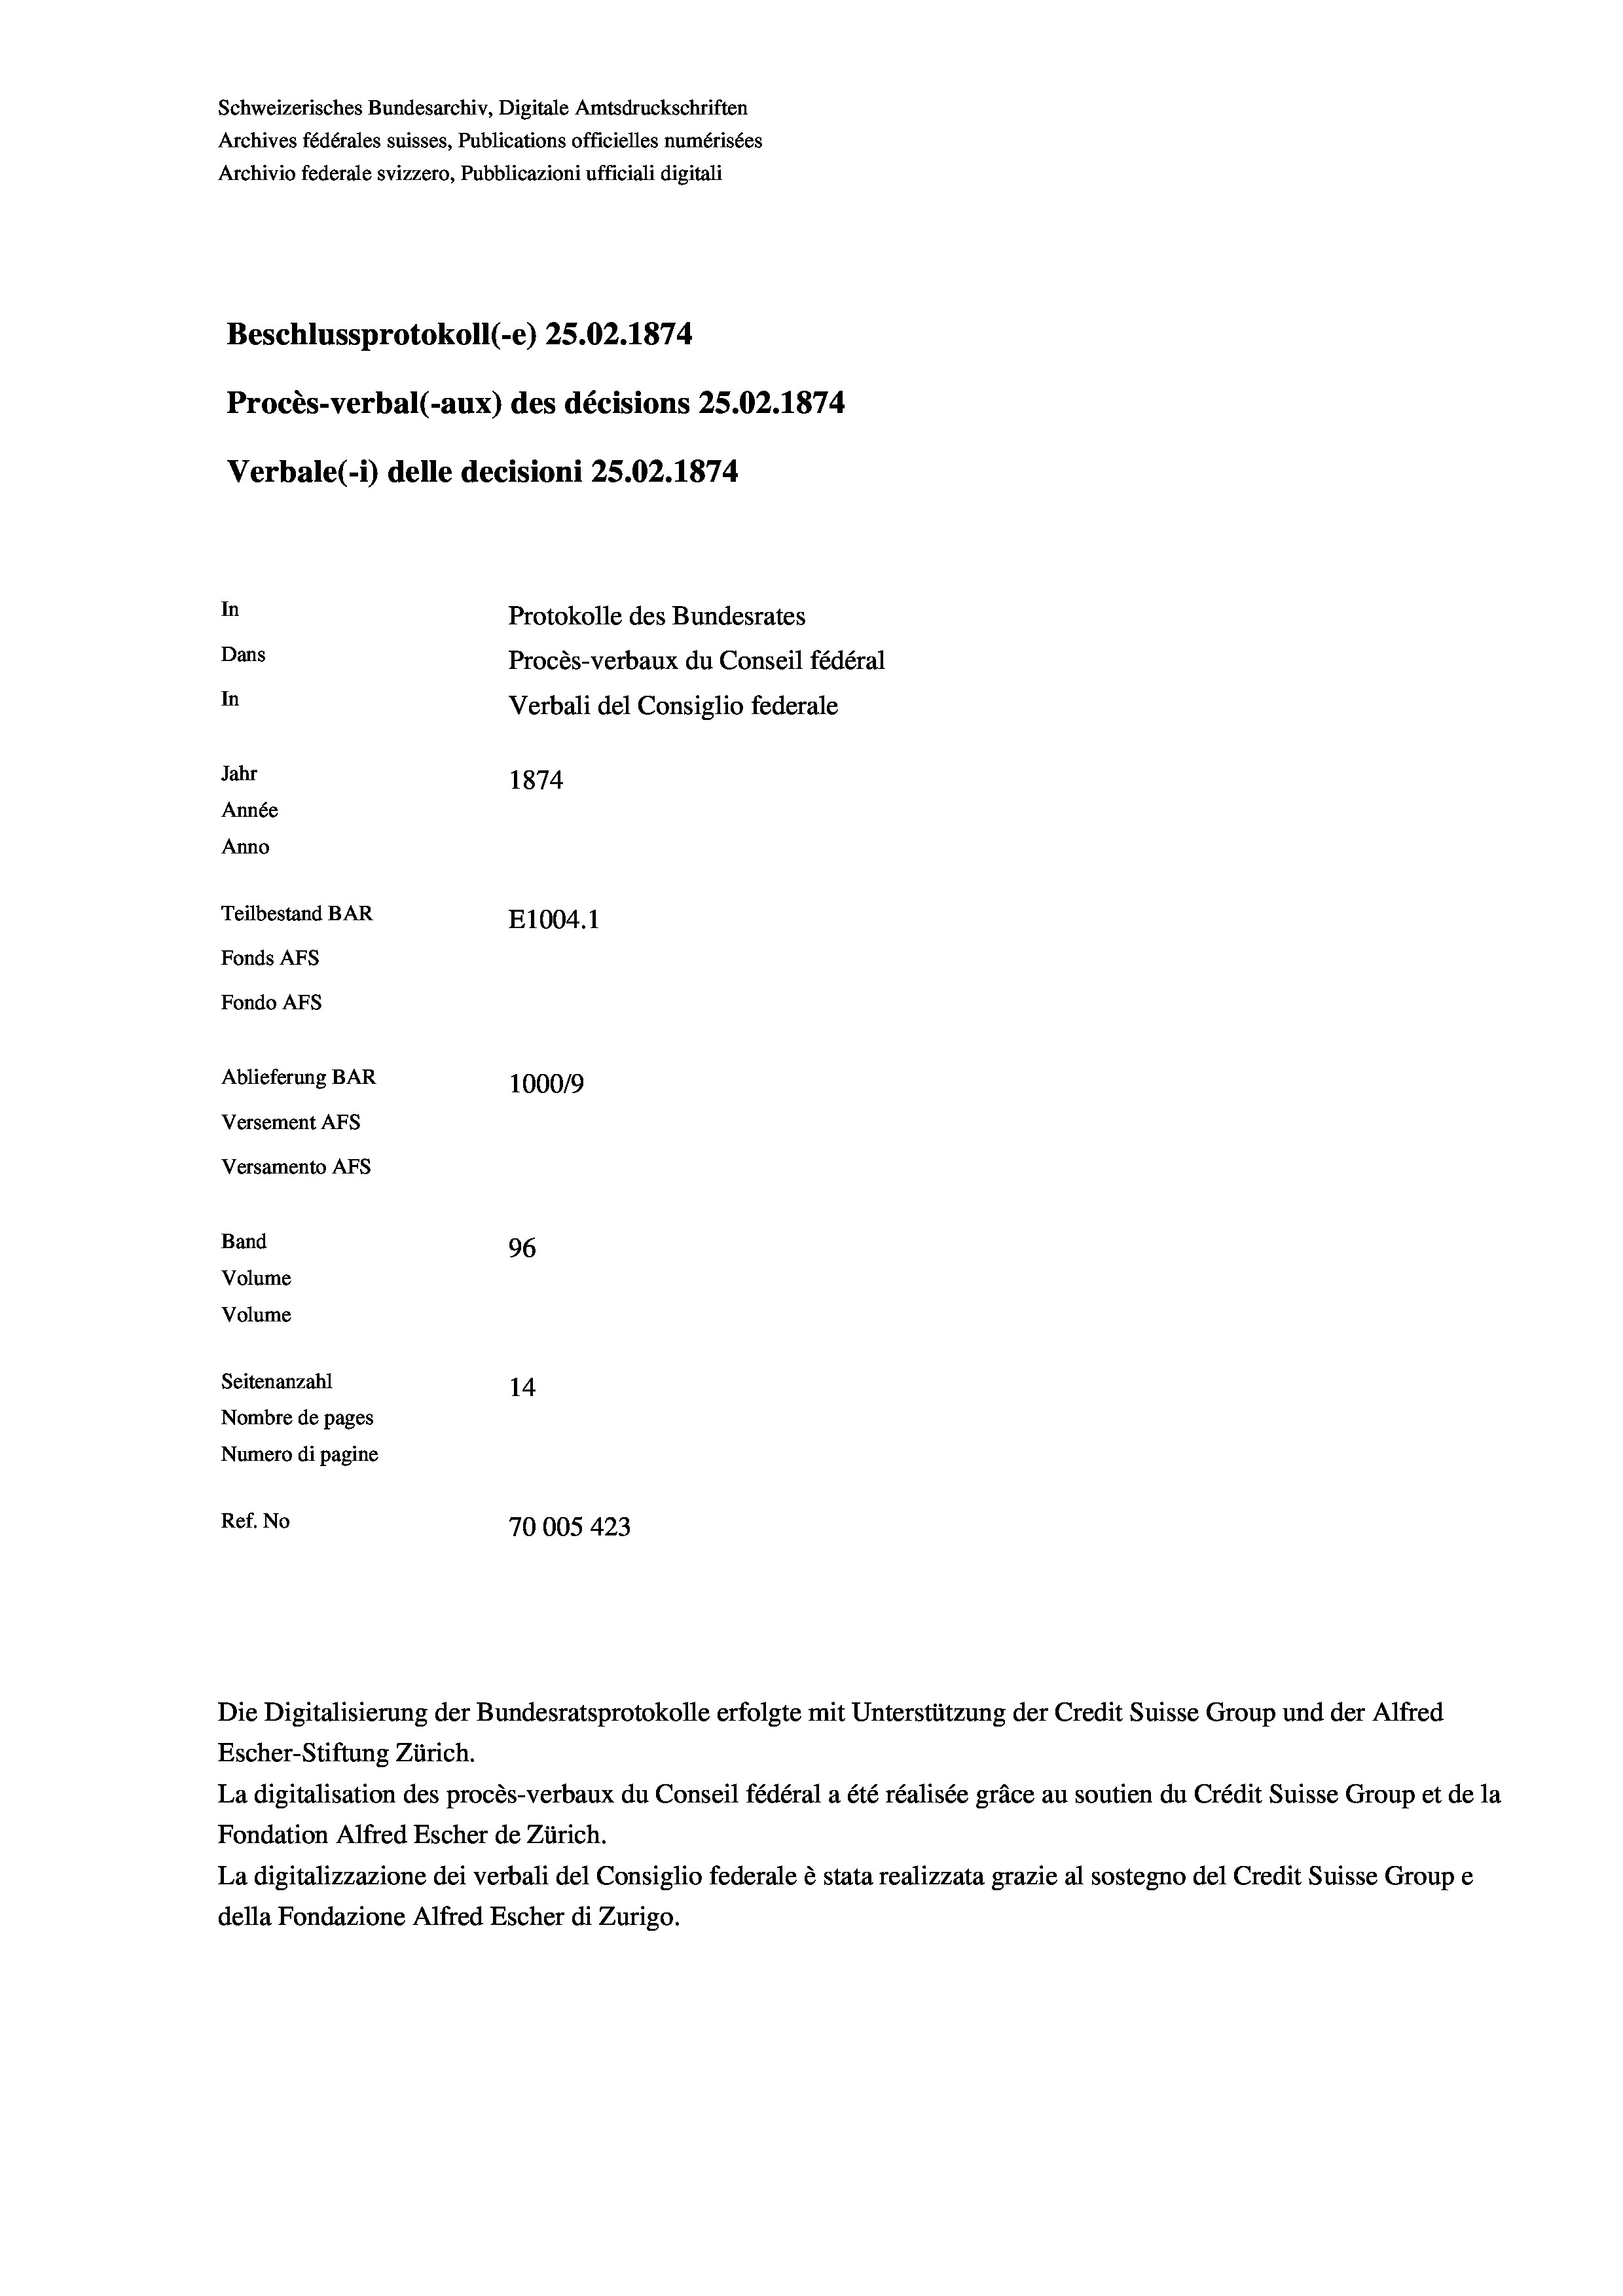
Schweizerisches Bundesarchiv, Digitale Amtsdruckschriften
Archives fédérales suisses, Publications officielles numérisées
Archivio federale svizzero, Pubblicazioni ufficiali digitali
Beschlussprotokoll (-e) 25.02. 1874.
Procès-verbal (-aux) des décisions 25.02.1874
Verbale (1) delle decisioni 25.02. 1874
In
Protokolle des Bundesrates
Dans
Procès-verbaux du Conseil fédéra
In
Jahr
1874
Année
Anno
Teilbestand BAR
E1004. 1
Fonds Afs
Fondo AFs
Ablieferung BAR
100019
Versement Abs
Versamento Afs
Band
96
Volume
Volume
Seitenanzahl
14
Nombre de pages
Numero di pagine

Ref. No
70005 423

Verbali del Consiglio federale

al

La digitalisation des procès-verbaux du Conseil fédéral a été réalisée gräce au soutien du Crédit Suisse Group et de la
Fondation Alfred Escher de Zürich.
La digitalizzazione dei verbali del Consiglio federale è stata realizzata grazie al sostegno del Credit Suisse Groupe
della Fondazione Alfred Escher di Zurigo.

Die Digitalisierung der Bundesratsprotokolle erfolgte mit Unterstützung der Credit Suisse Group und der Alfred
Escher-Stiftung Zürich.